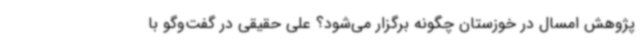
پژوهش امسال در خوزستان چگونه برگزار می‌شود؟ علی حقیقی در گفت‌وگو با